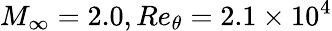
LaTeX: M_{\infty}=2.0,Re_{\theta}=2.1\times 10^{4}